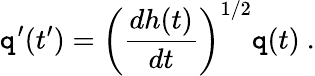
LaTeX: \mathtt{q}^{\prime}(t^{\prime})=\left(\frac{{dh(t)}}{{dt}}\right)^{1/2}\mathtt{q}(t)\ .